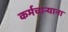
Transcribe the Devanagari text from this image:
कर्मचार्‍याना